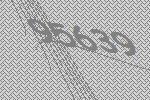
95639